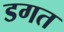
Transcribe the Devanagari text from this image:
डगत